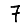
Digit: 7